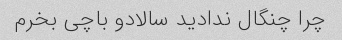
چرا چنگال ندادید سالادو باچی بخرم